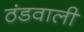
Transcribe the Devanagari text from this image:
ठंडवाली